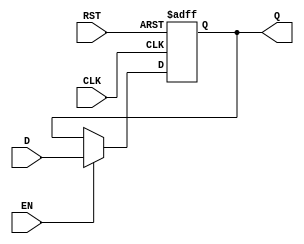
module DataRegister #(
    parameter WIDTH = 8  // Parameter for bit width
) (
    input wire [WIDTH-1:0] D,   // Data input
    input wire CLK,              // Clock signal
    input wire RST,              // Asynchronous reset
    input wire EN,               // Enable signal
    output reg [WIDTH-1:0] Q     // Data output
);

    // Asynchronous reset and update on clock edge
    always @(posedge CLK or posedge RST) begin
        if (RST) begin
            Q <= {WIDTH{1'b0}};   // Clear the register (set Q to zero)
        end 
        else if (EN) begin
            Q <= D;               // Capture the input data at rising edge of CLK
        end
    end

endmodule